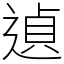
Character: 遉